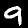
Label: 9